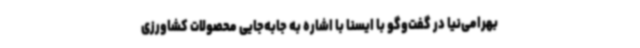
بهرامی‌نیا در گفت‌وگو با ایسنا با اشاره به جابه‌جایی محصولات کشاورزی